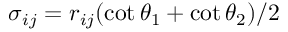
\sigma _ { i j } = r _ { i j } ( \cot \theta _ { 1 } + \cot \theta _ { 2 } ) / 2